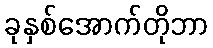
ခုနှစ်အောက်တိုဘာ